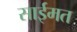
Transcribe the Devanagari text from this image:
साईमत